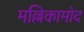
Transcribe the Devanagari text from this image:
मल्लिकामोद